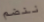
ننضم